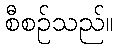
စီစဉ်သည်။